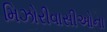
મિઝોરીવાસીઓના